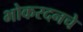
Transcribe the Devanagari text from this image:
भोकरदनचे